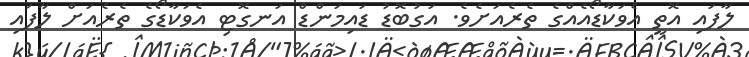
ލާފައި އޮތީ އެވަކާޑޯއެއްގެ ތެރެއަށެވެ. އަގުބޮޑު ޑައިމަންޑް އަނގޮޓި އެވަކާޑޯގެ ތެރެއަށް ލާފައި